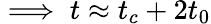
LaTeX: \implies t\approx t_{c}+2t_{0}